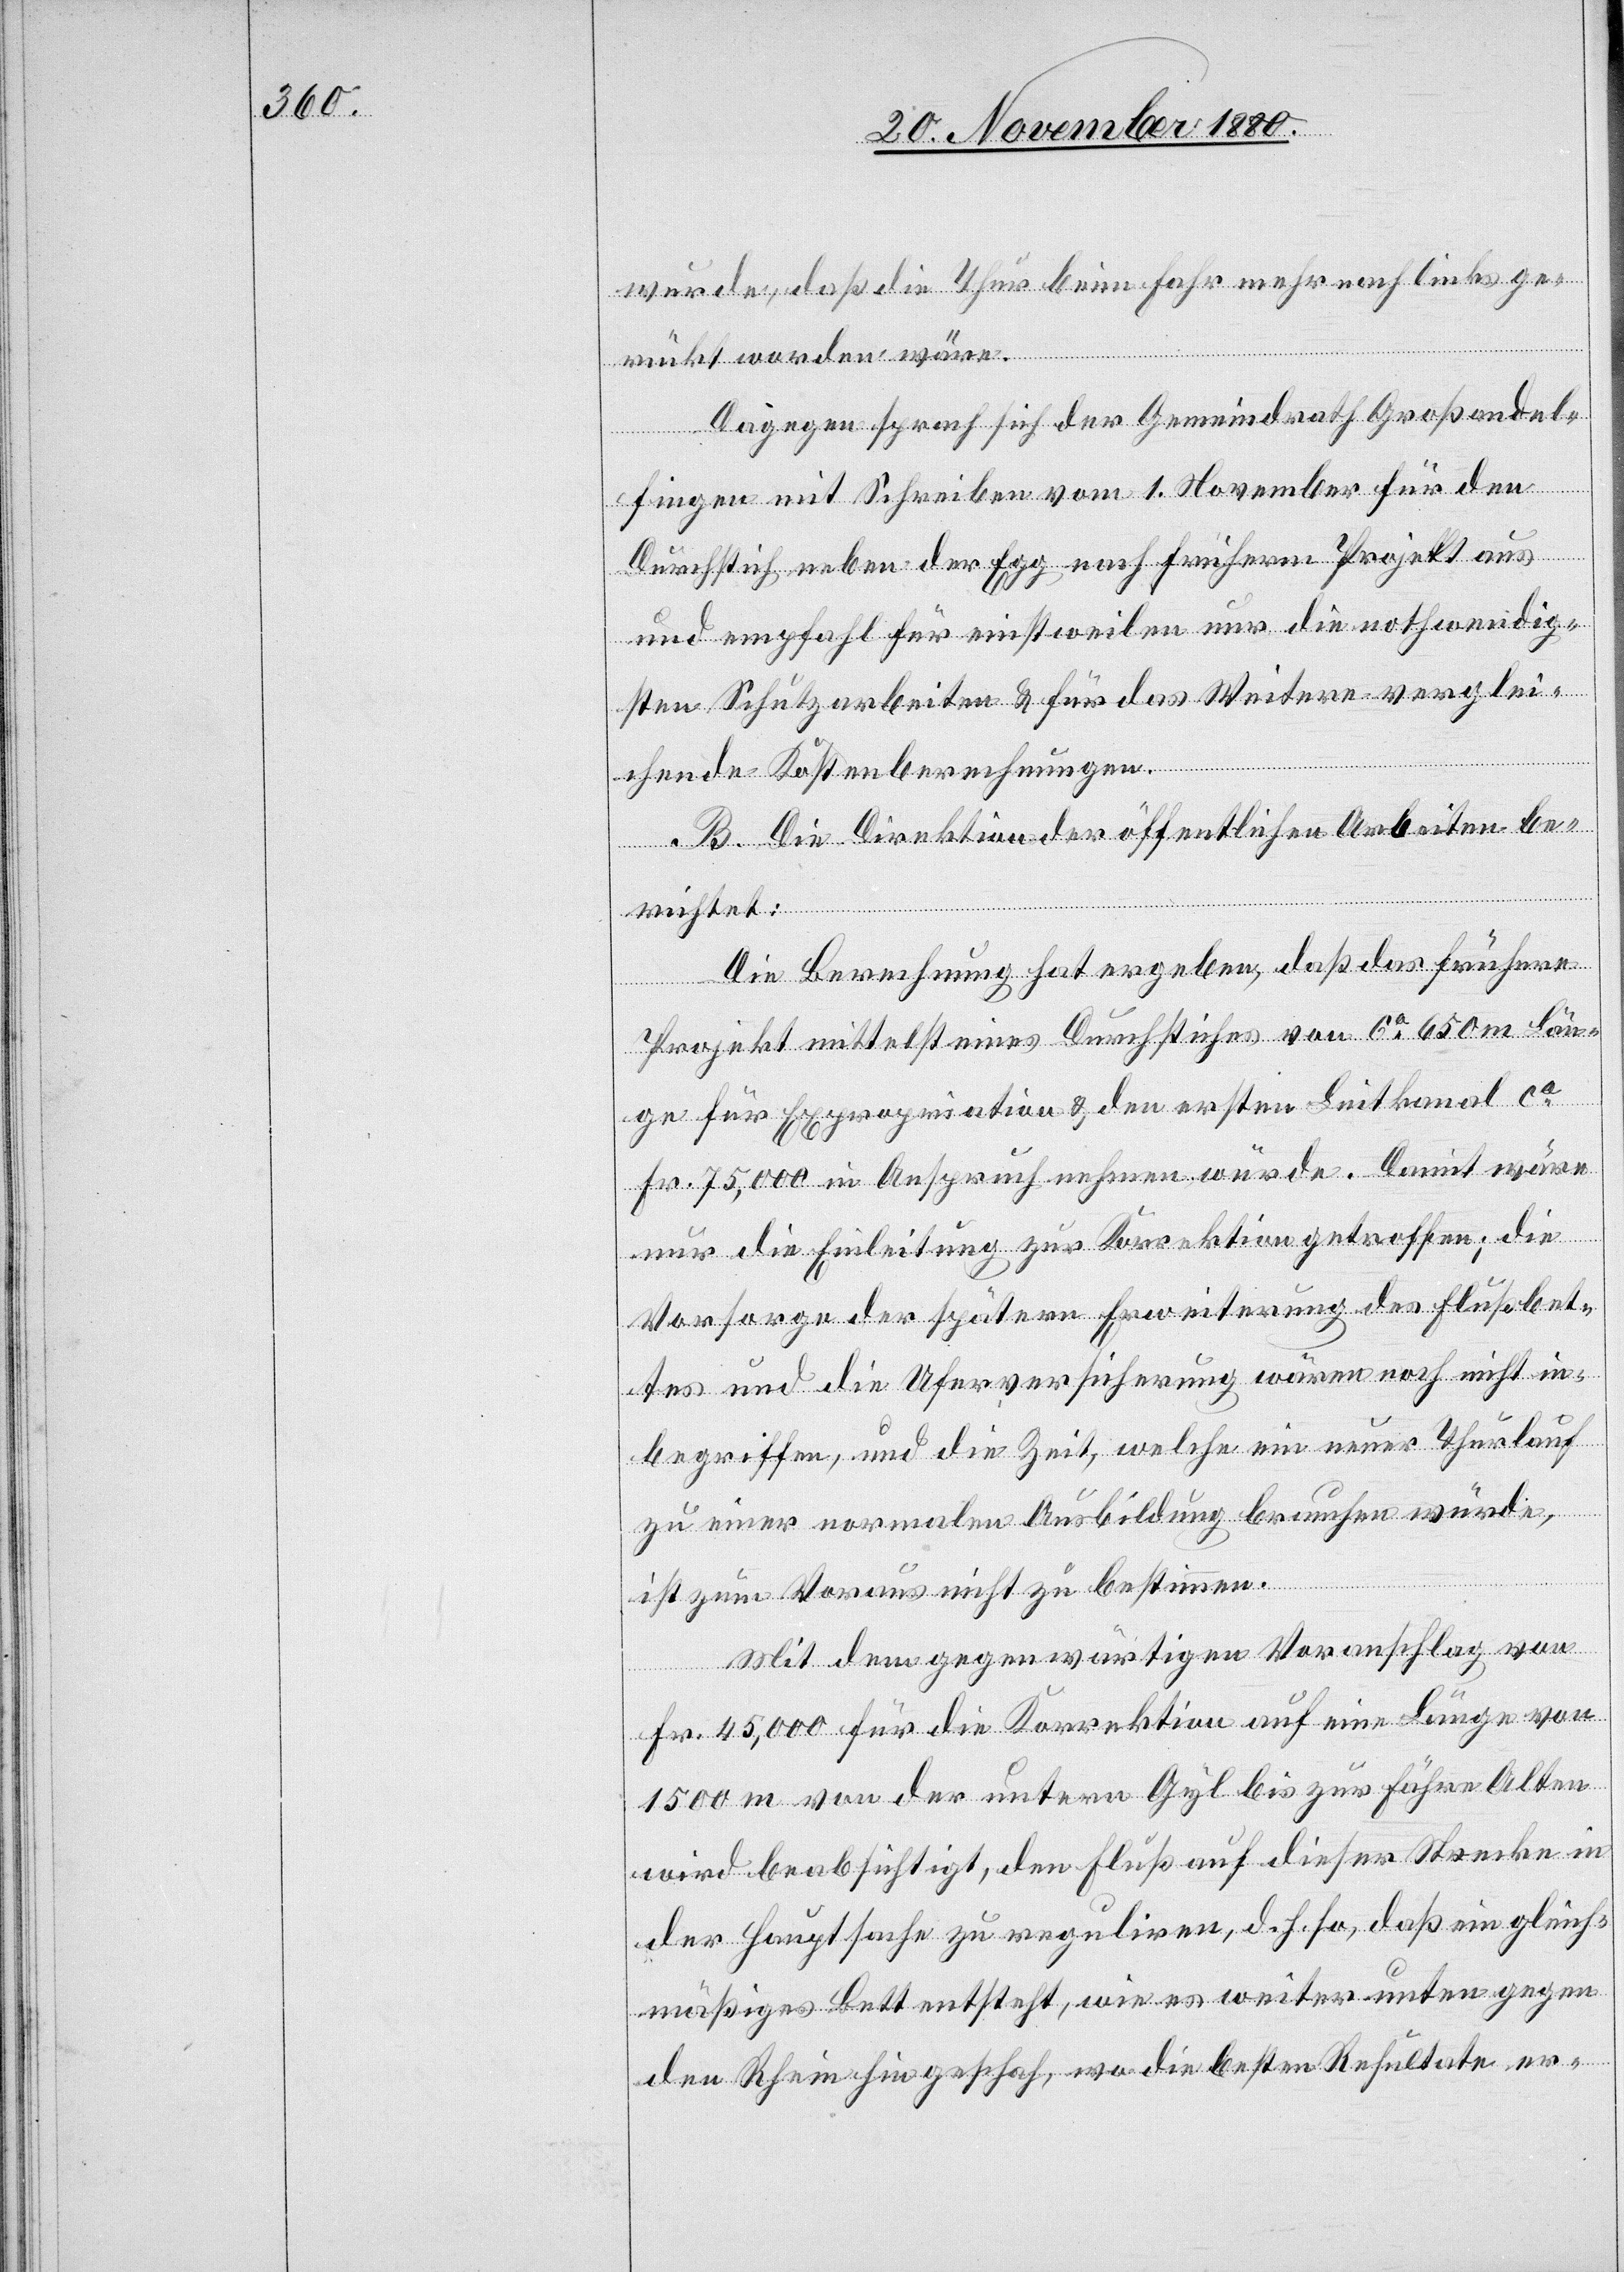
wurde, daß die Thur beim Fahr mehr nach links ge¬
rückt worden wäre.
Dagegen sprach sich der Gemeindrath Großandel¬
fingen mit Schreiben vom 1. November für den
Durchstich neben der Egg nach früherm Projekt aus
und empfahl für einstweilen nur die nothwendig¬
sten Schutzarbeiten & für das Weitere verglei¬
chende Kostenberechnungen.
B. Die Direktion der öffentlichen Arbeiten be¬
richtet:
Die Berechnung hat ergeben, daß das frühere
Projekt mittelst eines Durchstiches von ca 650 m Län¬
ge für Expropriation & den ersten Leitkanal ca
Fr. 75,000 in Anspruch nehmen würde. Damit wäre
nur die Einleitung zur Korrektion getroffen; die
Vorsorge der spätern Erweiterung des Flußbet¬
tes und die Uferversicherung wären noch nicht in¬
begriffen, und die Zeit, welche ein neuer Thurlauf
zu einer normalen Ausbildung brauchen würde,
ist zum Voraus nicht zu bestimmen.
Mit dem gegenwärtigen Voranschlag von
Fr. 45,000 für die Korrektion auf eine Länge von
1500 m von der untern Gyl bis zur Fähre Alten
wird beabsichtigt, den Fluß auf dieser Strecke in
der Hauptsache zu reguliren, d. h. so, daß ein gleich¬
mäßiges Bett entsteht, wie es weiter unten gegen
den Rhein hin geschah, wo die besten Resultate er-